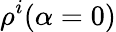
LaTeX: \rho^{i}(\alpha=0)